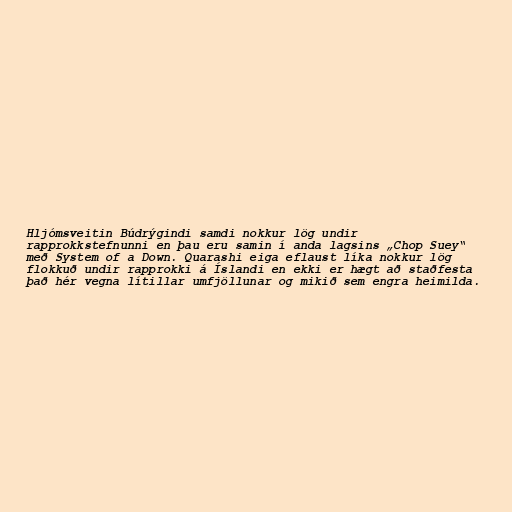
Hljómsveitin Búdrýgindi samdi nokkur lög undir
rapprokkstefnunni en þau eru samin í anda lagsins „Chop Suey“
með System of a Down. Quarashi eiga eflaust líka nokkur lög
flokkuð undir rapprokki á Íslandi en ekki er hægt að staðfesta
það hér vegna lítillar umfjöllunar og mikið sem engra heimilda.